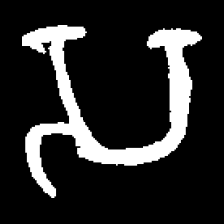
Pyu character \u2014 Myanmar letter: သ (romanized: sa)